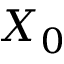
X _ { 0 }